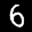
Label: 6